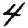
Digit: 4